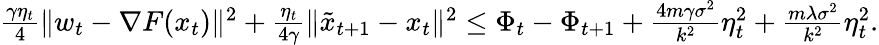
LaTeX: \begin{array}{r}{\frac{\gamma\eta_{t}}{4}\| w_{t}-\nabla F(x_{t})\| ^{2}+\frac{\eta_{t}}{4\gamma}\| \tilde{x}_{t+1}-x_{t}\| ^{2}\leq\Phi_{t}-\Phi_{t+1}+\frac{4m\gamma\sigma^{2}}{k^{2}}\eta_{t}^{2}+\frac{m\lambda\sigma^{2}}{k^{2}}\eta_{t}^{2}.}\end{array}